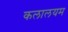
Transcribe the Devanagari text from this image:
कलालयम